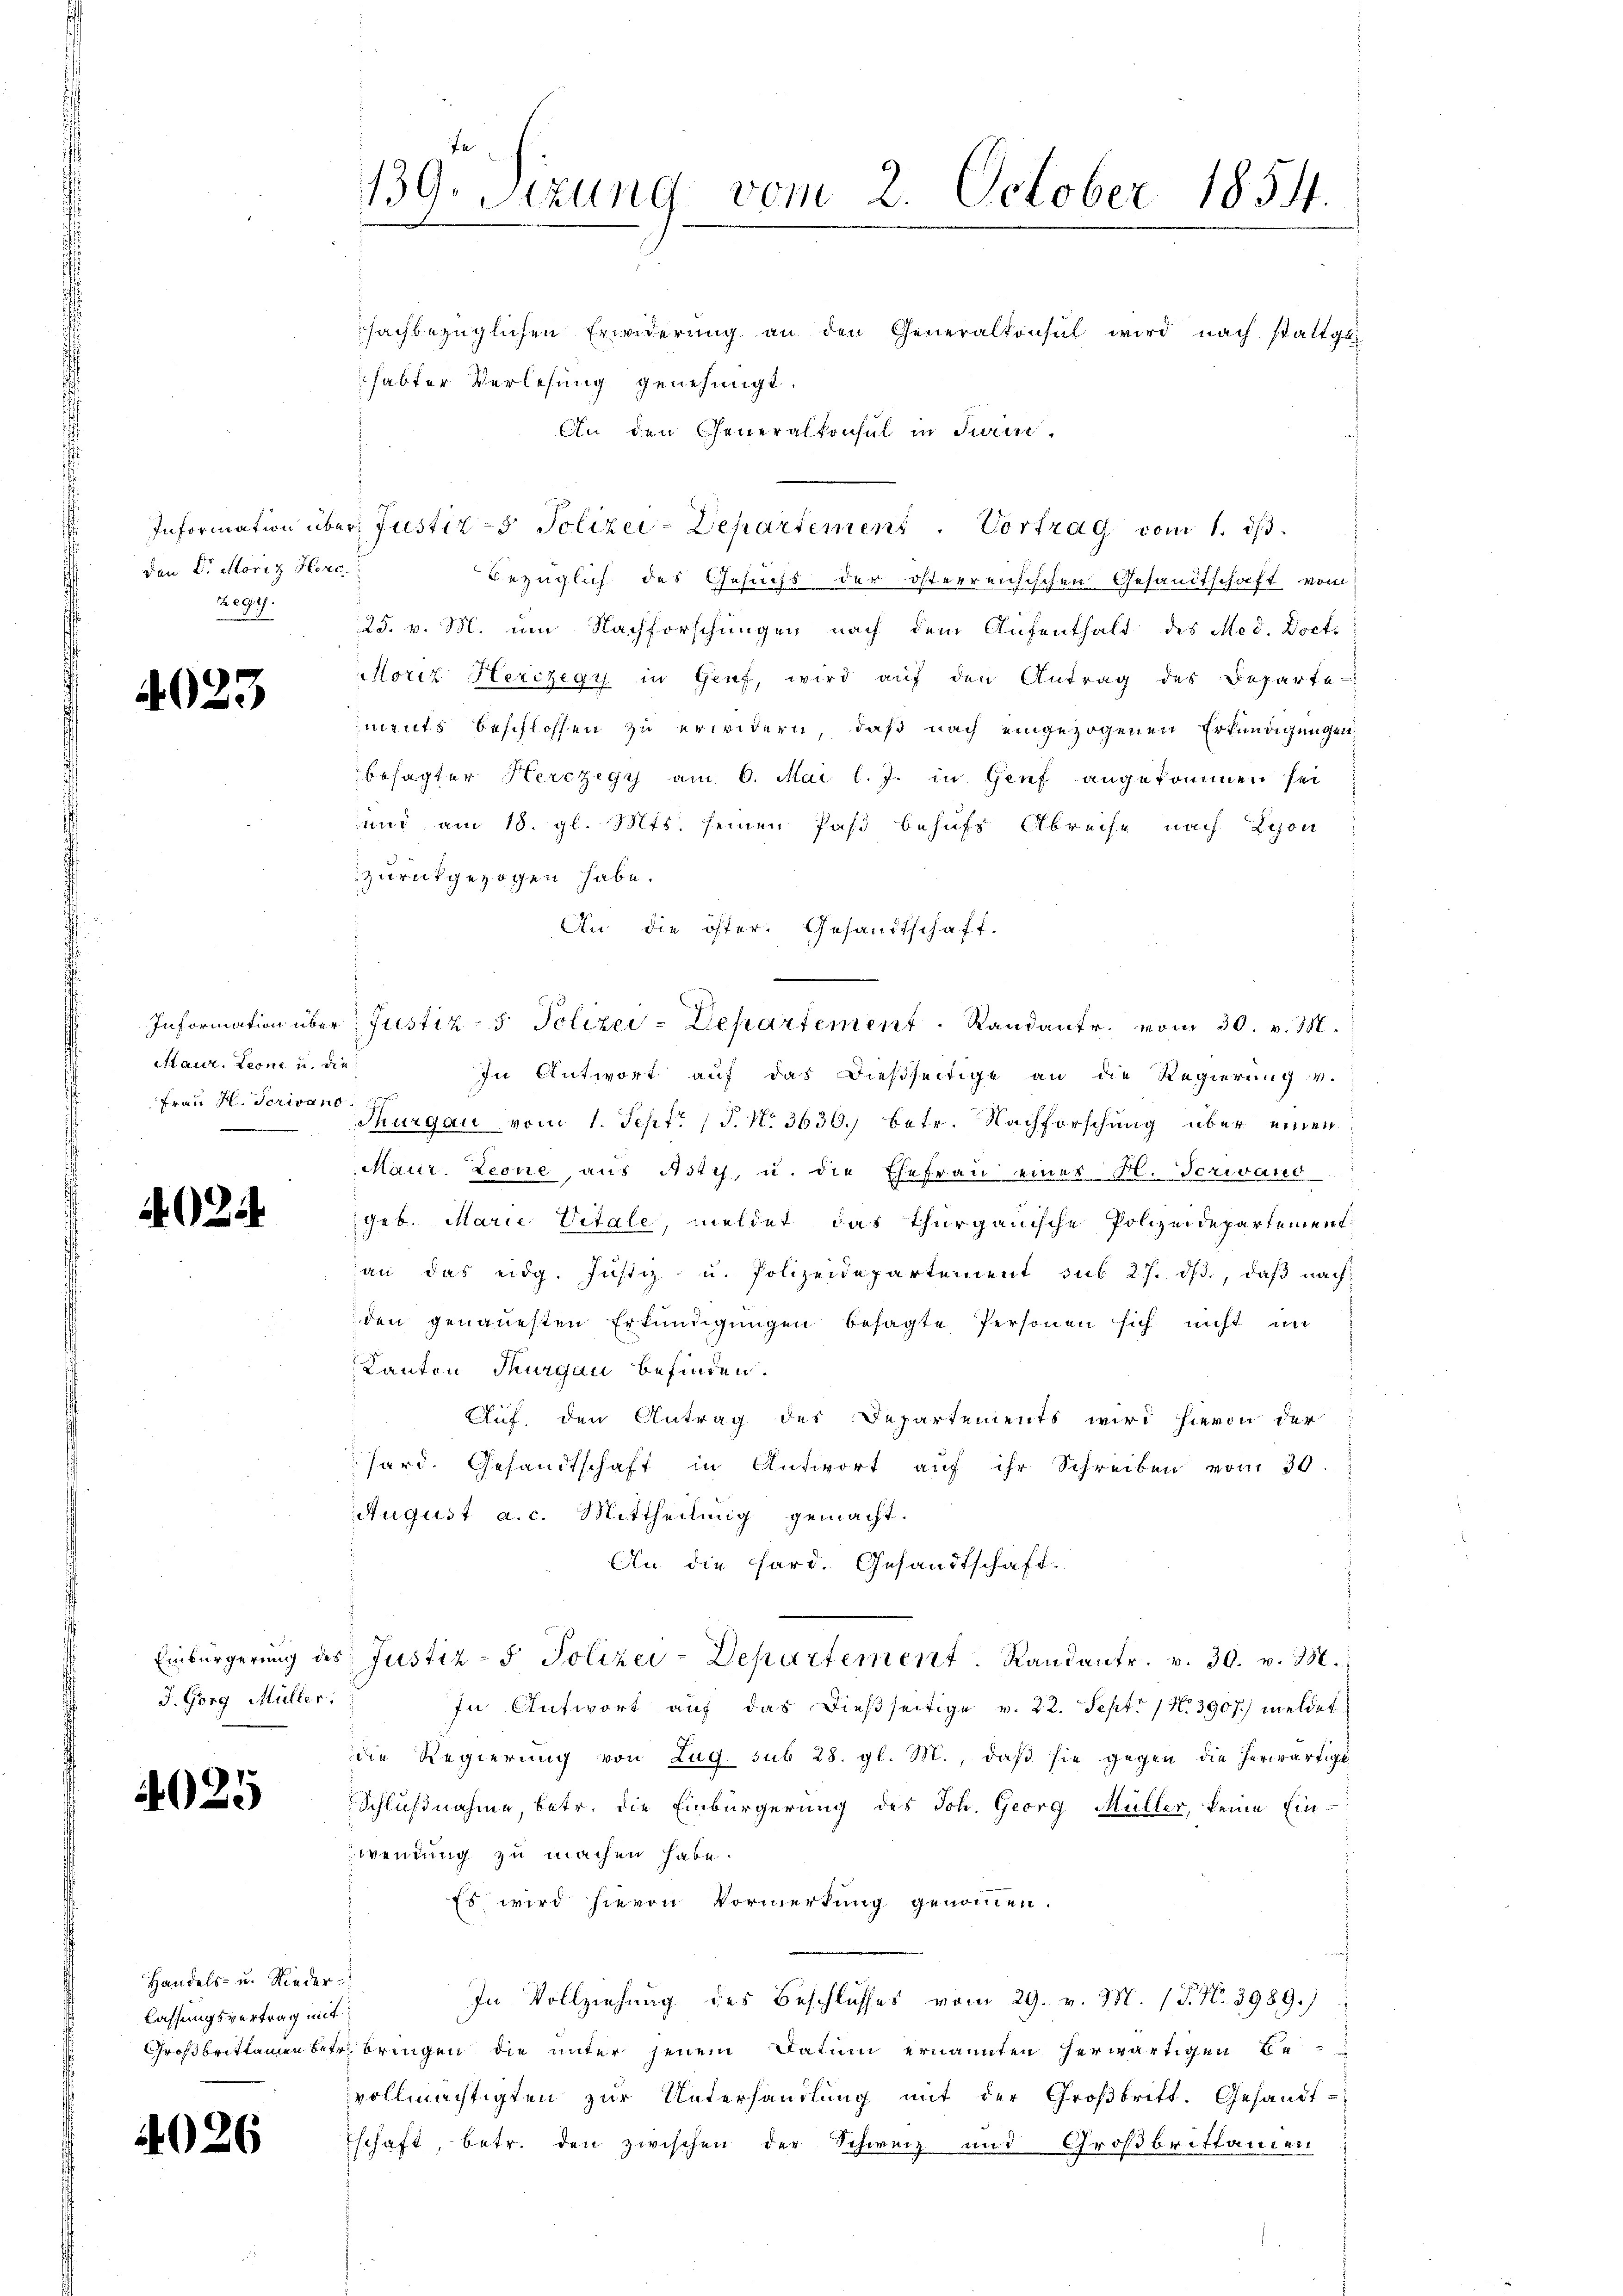
Information übe
den Dr Moriz Her
Zegy

4023

Information über
taur. Leoni u. d
Frau H. Serivan

4024

Einbürgerung de
J. Gorg Müller

4025

Handels- und Nieder
lassungsvertrag mit
Großbrittamen bet

4026

In
139. Sizung vom 2. October 1854.

sachbezüglichen Erwiderŭng an den Generalkonsul wird nach stattgli
habter Verlesung genehmigt.
An den Generalkonsul in Sain.
v: Justiz- & Polizei-Departement. Vortrag vom 1. dβ.
bezüglich des Gesuchs der österreichischen Gesandtschaft vom
25. v. M. um Nachforschungen nach dem Aufenthalt des Med. Doct
Moriz Herczegy in Genf, wird aŭf den Antrag des Departe
ments beschlossen zu erwidern, daß nach eingezogenen Erkundigungen
besagter Herczegy am 6. Mai l. J. in Genf angekommen sei
und am 18. gl. Mts. seinen Pasi behufs Abreise nach Lyon
zurückgezogen habe.
An die öster. Gesandtschaft.
Justiz- & Polizei-Departement. Randante vom 30. v. M.
e
In Antwort auf das dießseitige an die Regierung v.
ufen
t
Thurgau vom 1. Sept. (T. No 3630.) betr. Nachforschung über einen
Maur. Leone, aus Astes, u. die Ehefrau einer H. Verwand
geb. Marie Vitale, meldet das Thurgauische Polizeidepartement
an das eidg. Justiz- u. Polizeidepartement sub 27. dβ, daß nach
den genauesten Erkŭndigŭngen besagte Personen sich nicht un
Kanton Thurgau befinden.
Auf, den Antrag des Departements wird hievon der
hard. Gesandtschaft in Antwort aŭf ihr Schreiben vom 30.
August a. c. Mittheilung gemacht.
An die hard. Gesandtschaft.
 Justiz- & Polizei-Departement. Randantr. v. 30. v. M.
In Antwort auf das dießseitige v. 22. Sept. 14. 3907) meldet
die Regierung von Zug sub 28. gl. M., daß sie gegen die herwärtige
Schlußnahme, betr. die Einbürgerung des Joh. Georg Müller, keine Ein-
wendung zu machen habe.
Es wird hievon Vormerkung genommen.
.
In Vollziehung des Beschlusses vom 29. v. M. (T. N. 3989.)
bringen die unter jenem Datum ernannten herwärtigen Bevollmächtigten zur Unterhandlung mit der Großbritt. Gesandt-
Eschaft, betr. den zwischen der Schweiz und Großbrittanten